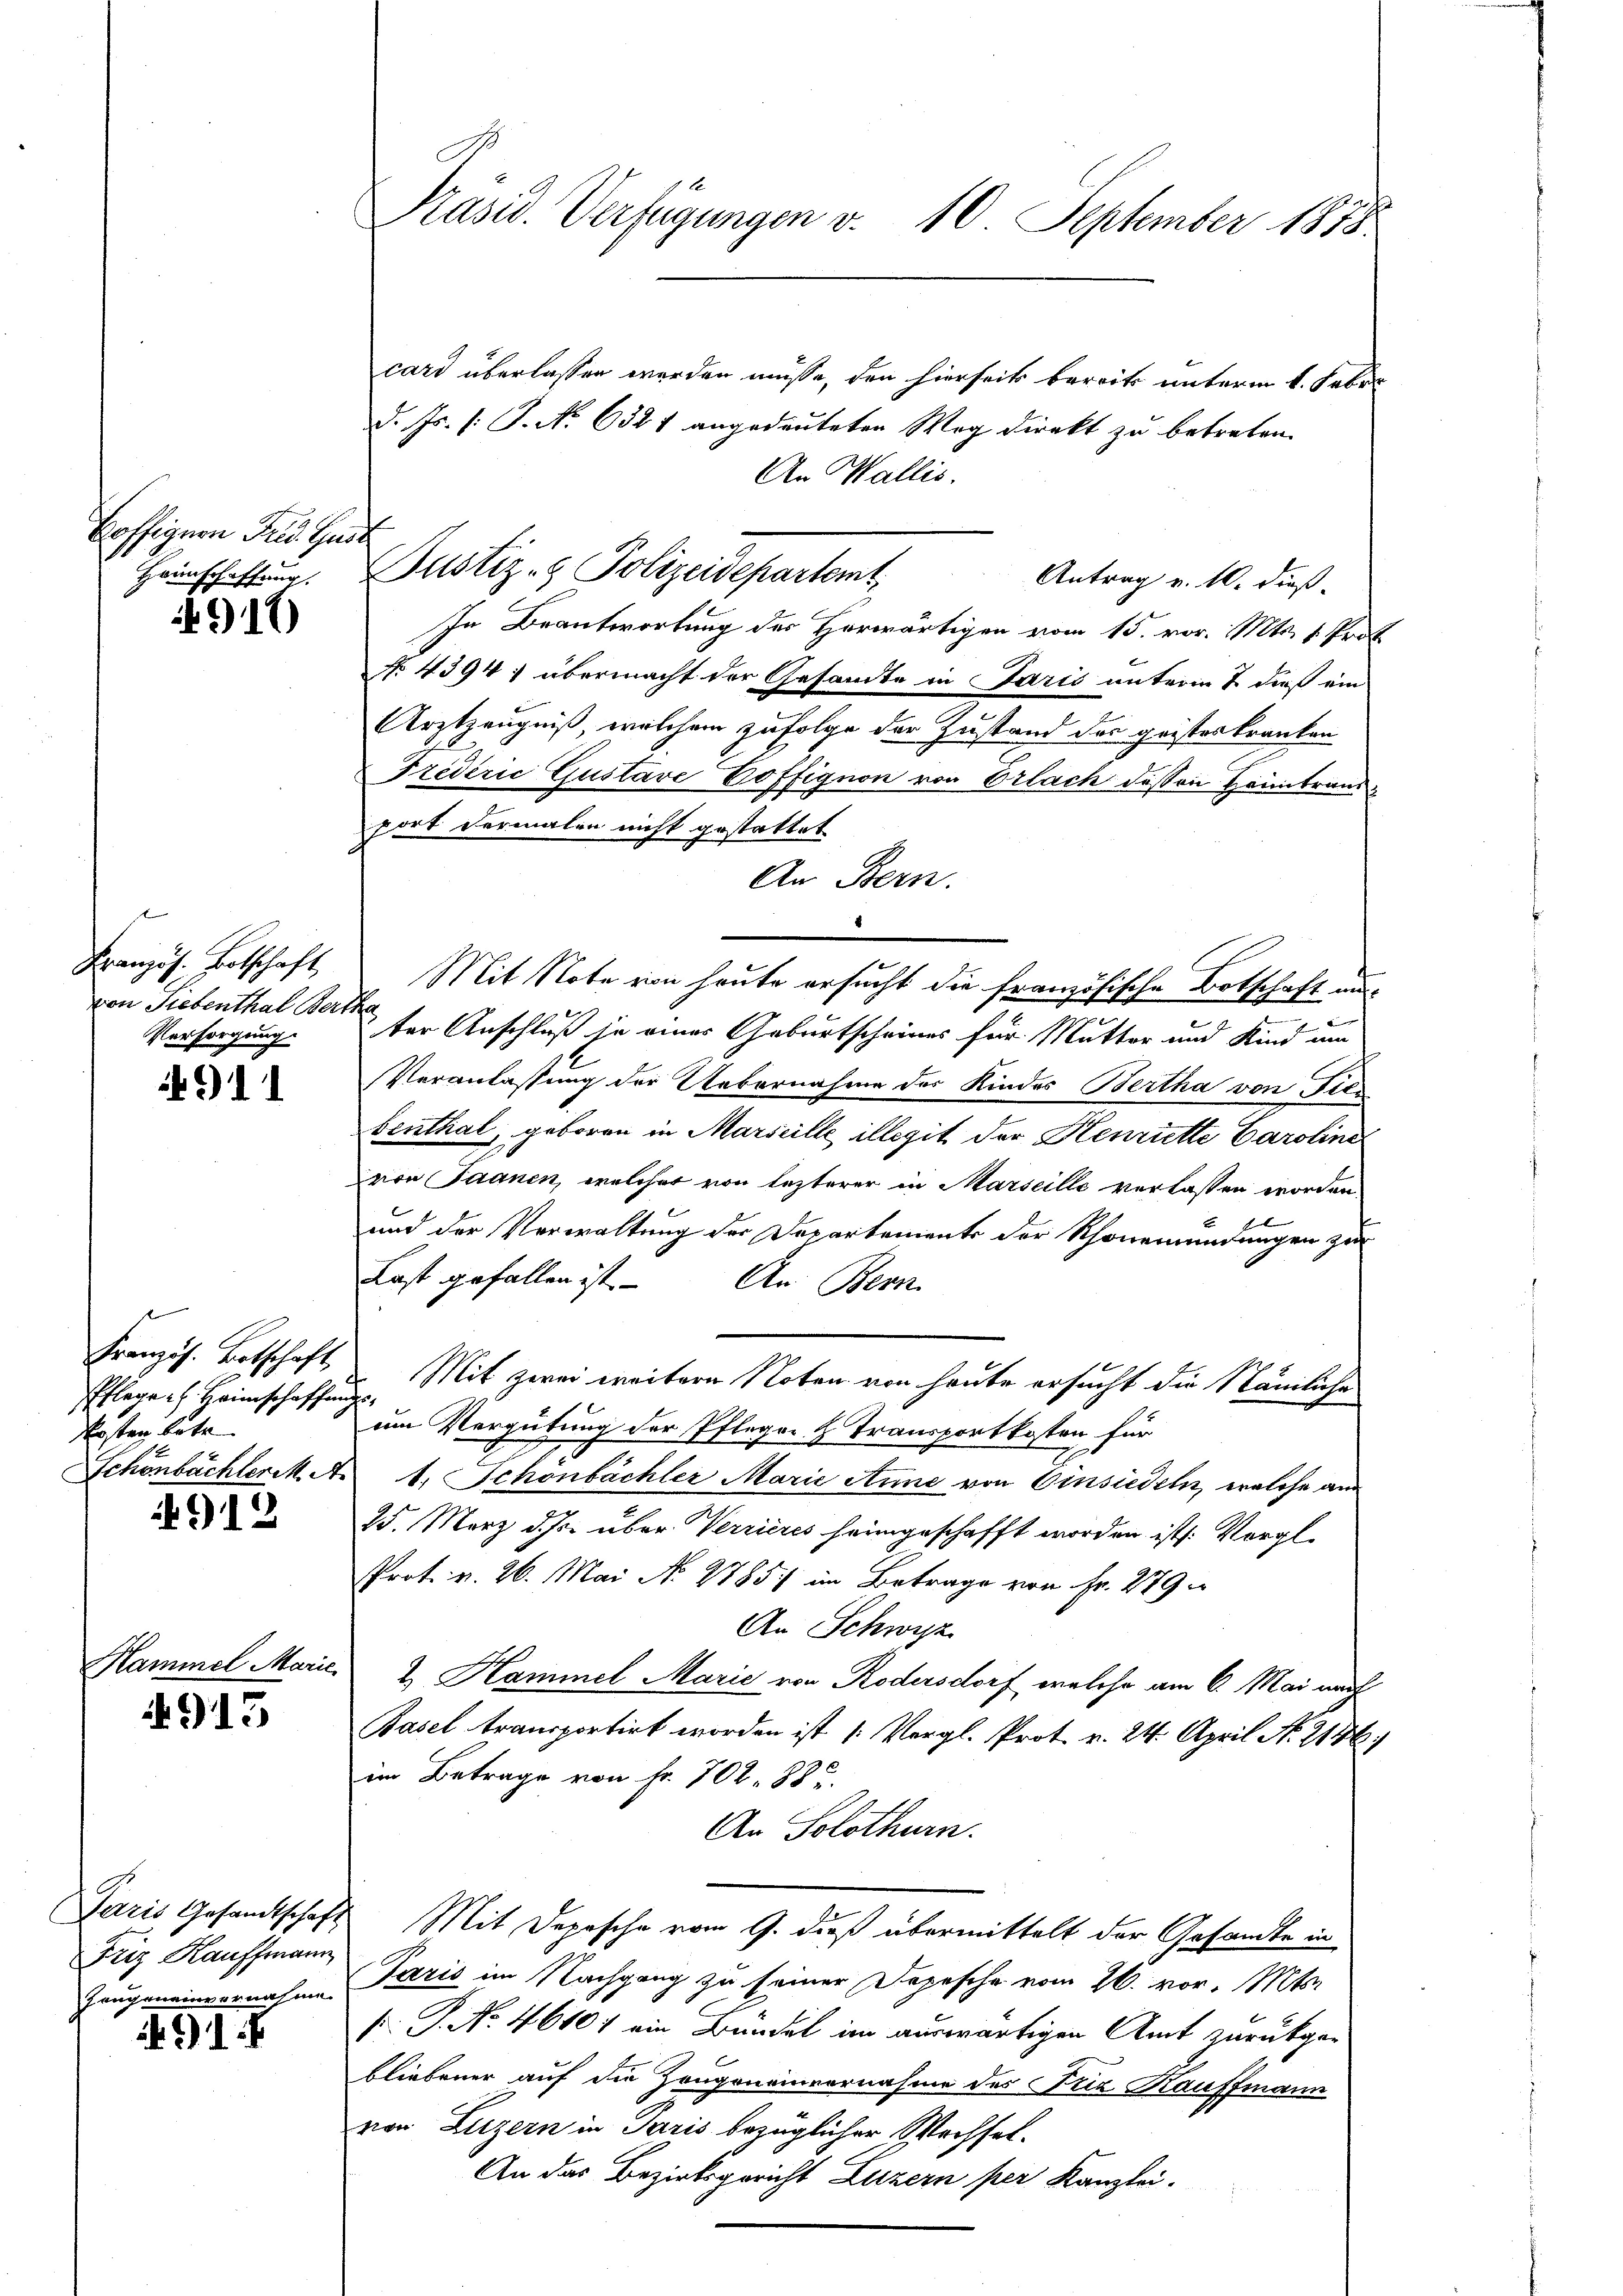
Baffigern Pres. Guda

917)

Französ. Botschaft
von Liebenthal Bert
Versorgung.

911

Französ. Botschaft,
Pflege. Heimschaffung
Kosten betr.
Schönbächler M. A.

912

emmel Marie

915

Paris Gesandtschaft
Friz Kauffmann
Zeugeneinvernahme.

491.

Präsid. Verfügungen v. 10. September 1878

card überlassen werden müsse, den hierseits bereits unterm 1. Febr.
d. Js. (: J. No. 6321 angedeuteten Weg direkt zu betreten.
An Wallis.
Hoinfchaffung. Justiz- & Polizeidepartemt,
Antrag v. 10. dieß.
In Beantwortung des Herwärtigen vom 15. vor. Mts. 1. Prof.
No. 4394; übermacht der Gesandte in Paris unterm 2 dieß ein
Arztzeugniß, welchem zufolge der Zustand der geisteskranken
Friderić Gustave Coffignon von Erlach dessen Heimtransfort dermalen nicht gestattet
An Bern.
Mit Note von heute ersucht die französische Botschaft aus
t
ter Anschluß je eines Geburtscheines für Mutter und Kind um
Veranlassung der Uebernahme des Kindes Bertha von Niebenthal, geboren in Marseille illegit der Henriette Caroline
von Saanen, welcher von lezterer in Marseille verlassen worden
und der Verwaltung der Departements der Schönemündungen zur
Last gefallen ist. - An Bern
Mit zwei weitere Noten von heute ersucht die Nämliche
5
um Vergütung der Pfleger & Transportkosten für
t. Schönbächler Marie Anne von Einsiedeln, welche am
25. März d. Js. über Verrieres heimgeschafft worden ist. Vorgl.
Prot. v. 26. Mai No 2785 im Betrage von Fr. 279.
An Schwyz
2. Hammel Marie von Rodensdorf welche am 6. Mai nach
Basel transportirt worden ist (: Vergl. Prot. v. 24. April N. 2146)
im Betrage von Fr. 702. 88 u.
An Solothurn.
Mit Depesche vom 9. dieß übermittelt der Gesandte in
Paris im Nachgang zu seiner Depesche vom 26. vor. Mts.
s P. No. 46107 ein Bundel im auswärtigen Amt zurückgebliebener auf die Zeugeneinvernahme des Friz Kauffmann
von Luzern in Paris bezüglicher Wechsel¬
An das Bezirksgericht Luzern per Kanzlei.
¬